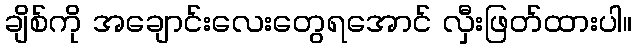
ချိစ်ကို အချောင်းလေးတွေရအောင် လှီးဖြတ်ထားပါ။